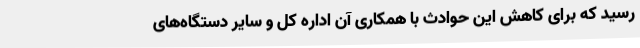
رسید که برای کاهش این حوادث با همکاری آن اداره کل و سایر دستگاه‌های